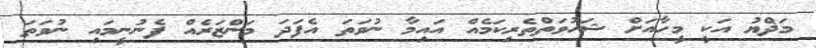
މަޛްޔު އަކީ މީހާއަށް ޝަހުވަތްތެރިކަމެއް އައިމާ ނުވަތަ އެފަދަ މަންޒަރެއް ފެނުނީމައި ނުވަތަ